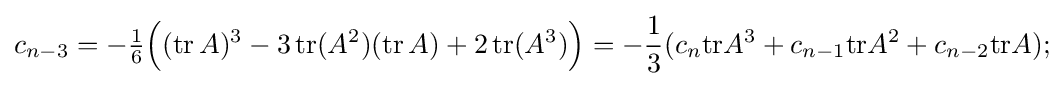
c_{n-3}=-{\tfrac {1}{6}}{\Bigl (}(\operatorname {tr} A)^{3}-3\operatorname {tr} (A^{2})(\operatorname {tr} A)+2\operatorname {tr} (A^{3}){\Bigr )}=-{\frac {1}{3}}(c_{n}\mathrm {tr} A^{3}+c_{n-1}\mathrm {tr} A^{2}+c_{n-2}\mathrm {tr} A);